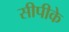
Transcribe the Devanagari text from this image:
सीपीके